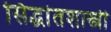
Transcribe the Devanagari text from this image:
सिद्धांतशास्त्री